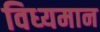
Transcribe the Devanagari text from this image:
विध्‍यमान